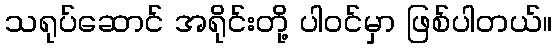
သရုပ်ဆောင် အရိုင်းတို့ ပါဝင်မှာ ဖြစ်ပါတယ်။